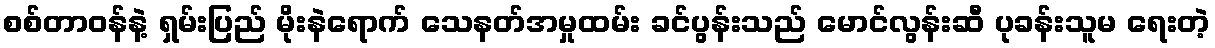
စစ်တာဝန်နဲ့ ရှမ်းပြည် မိုးနဲရောက် သေနတ်အမှုထမ်း ခင်ပွန်းသည် မောင်လွန်းဆီ ပုခန်းသူမ ရေးတဲ့